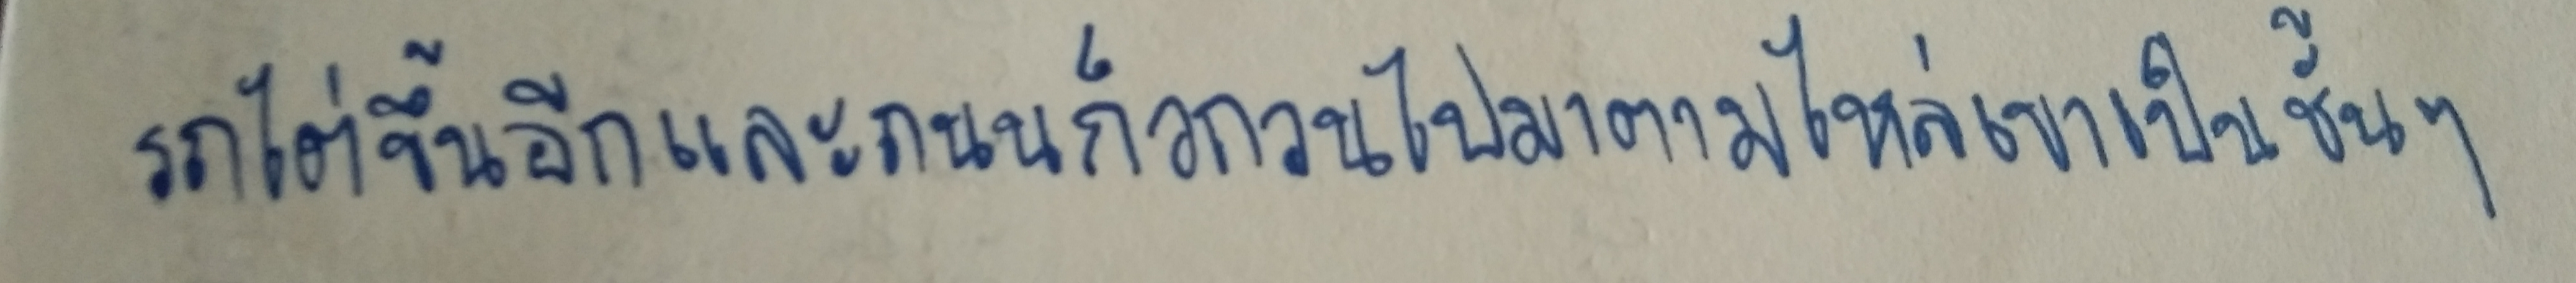
รถไต่ขึ้นอีกและถนนก็วกวนไปมาตามไหล่เขาเป็นชั้นๆ